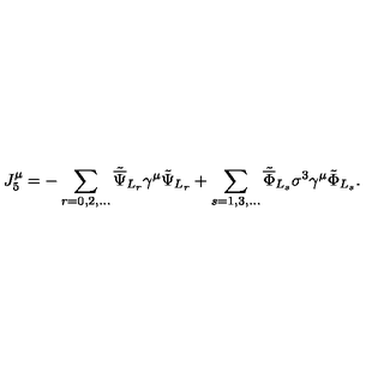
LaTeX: { J _ { 5 } ^ { \mu } } = - \sum _ { r = 0 , 2 , . . . } { \tilde { \overline { \Psi } } } _ { L _ { r } } \gamma ^ { \mu } \tilde { \Psi } _ { L _ { r } } + \sum _ { s = 1 , 3 , . . . } { \tilde { \overline { \Phi } } } _ { L _ { s } } \sigma ^ { 3 } \gamma ^ { \mu } \tilde { \Phi } _ { L _ { s } } .